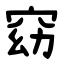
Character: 窈